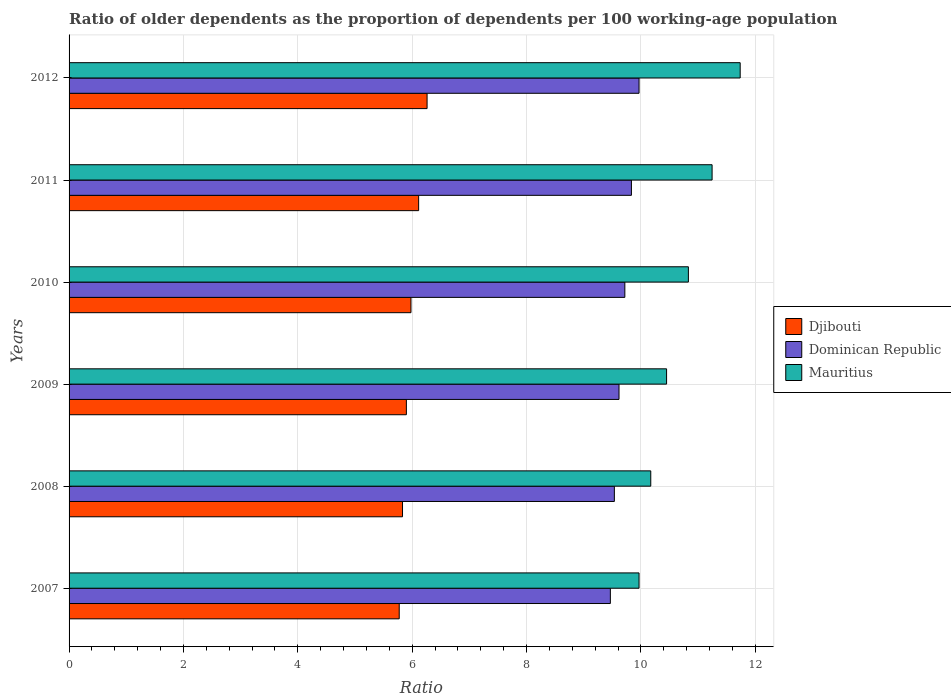
| Years | Djibouti | Dominican Republic | Mauritius |
 | --- | --- | --- | --- |
 | 2007 | 5.77 | 9.47 | 9.97 |
 | 2008 | 5.83 | 9.54 | 10.2 |
 | 2009 | 5.9 | 9.62 | 10.4 |
 | 2010 | 5.98 | 9.72 | 10.8 |
 | 2011 | 6.11 | 9.83 | 11.2 |
 | 2012 | 6.26 | 9.97 | 11.7 |